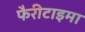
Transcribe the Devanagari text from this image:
फैरीटाइमा